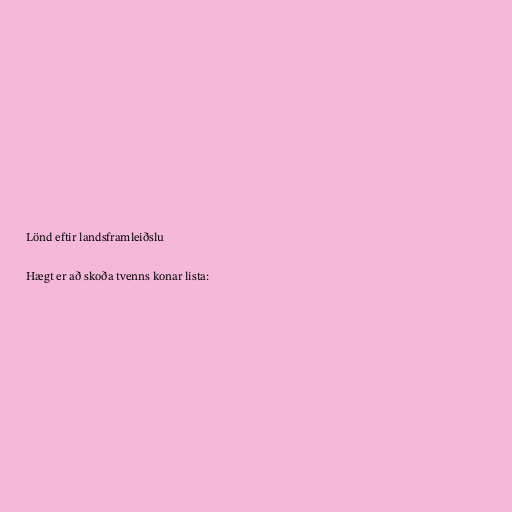
Lönd eftir landsframleiðslu

Hægt er að skoða tvenns konar lista: